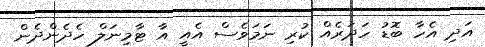
އަދި އެހާ ބޮޑު ހަދަރެއް ކުރި ނަމަވެސް އެއީ އާ ޓާމިނަލް ހެދެންދެން